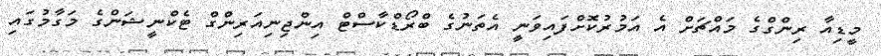
މީޑިއާ ރިންގްގެ މައްޗަށް އެ އަމުރުކޮށްފައިވަނީ އެތަނުގެ ބްރޯޑްކާސްޓް އިންޖިނިއަރިންގް ޓެކްނީޝަންގެ މަގާމުގައި